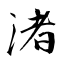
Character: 渚